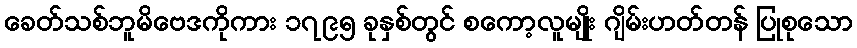
ခေတ်သစ်ဘူမိဗေဒကိုကား ၁၇၉၅ ခုနှစ်တွင် စကော့လူမျိုး ဂျိမ်းဟတ်တန် ပြုစုသော